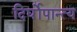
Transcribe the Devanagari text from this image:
दिर्घोपान्त्य